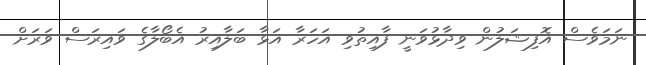
ނަމަވެސް އޮފިޝަލުން ވިދާޅުވަނީ ފާއިތުވި އަހަރާ އަޅާ ބަލާއިރު އެބޯލާގެ ވައިރަސް ވަރަށް